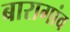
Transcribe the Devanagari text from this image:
बारागांव